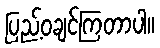
ပြည့်ဝချင်ကြတာပါ။